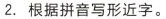
2.根据拼音写形近字。